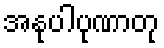
အနုပါပုဏာတု